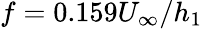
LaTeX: f=0.159U_{\infty}/h_{1}